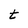
Character: t